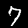
Digit: 7